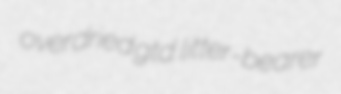
overdried gtd. litter-bearer